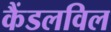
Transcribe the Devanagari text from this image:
कैंडलविल